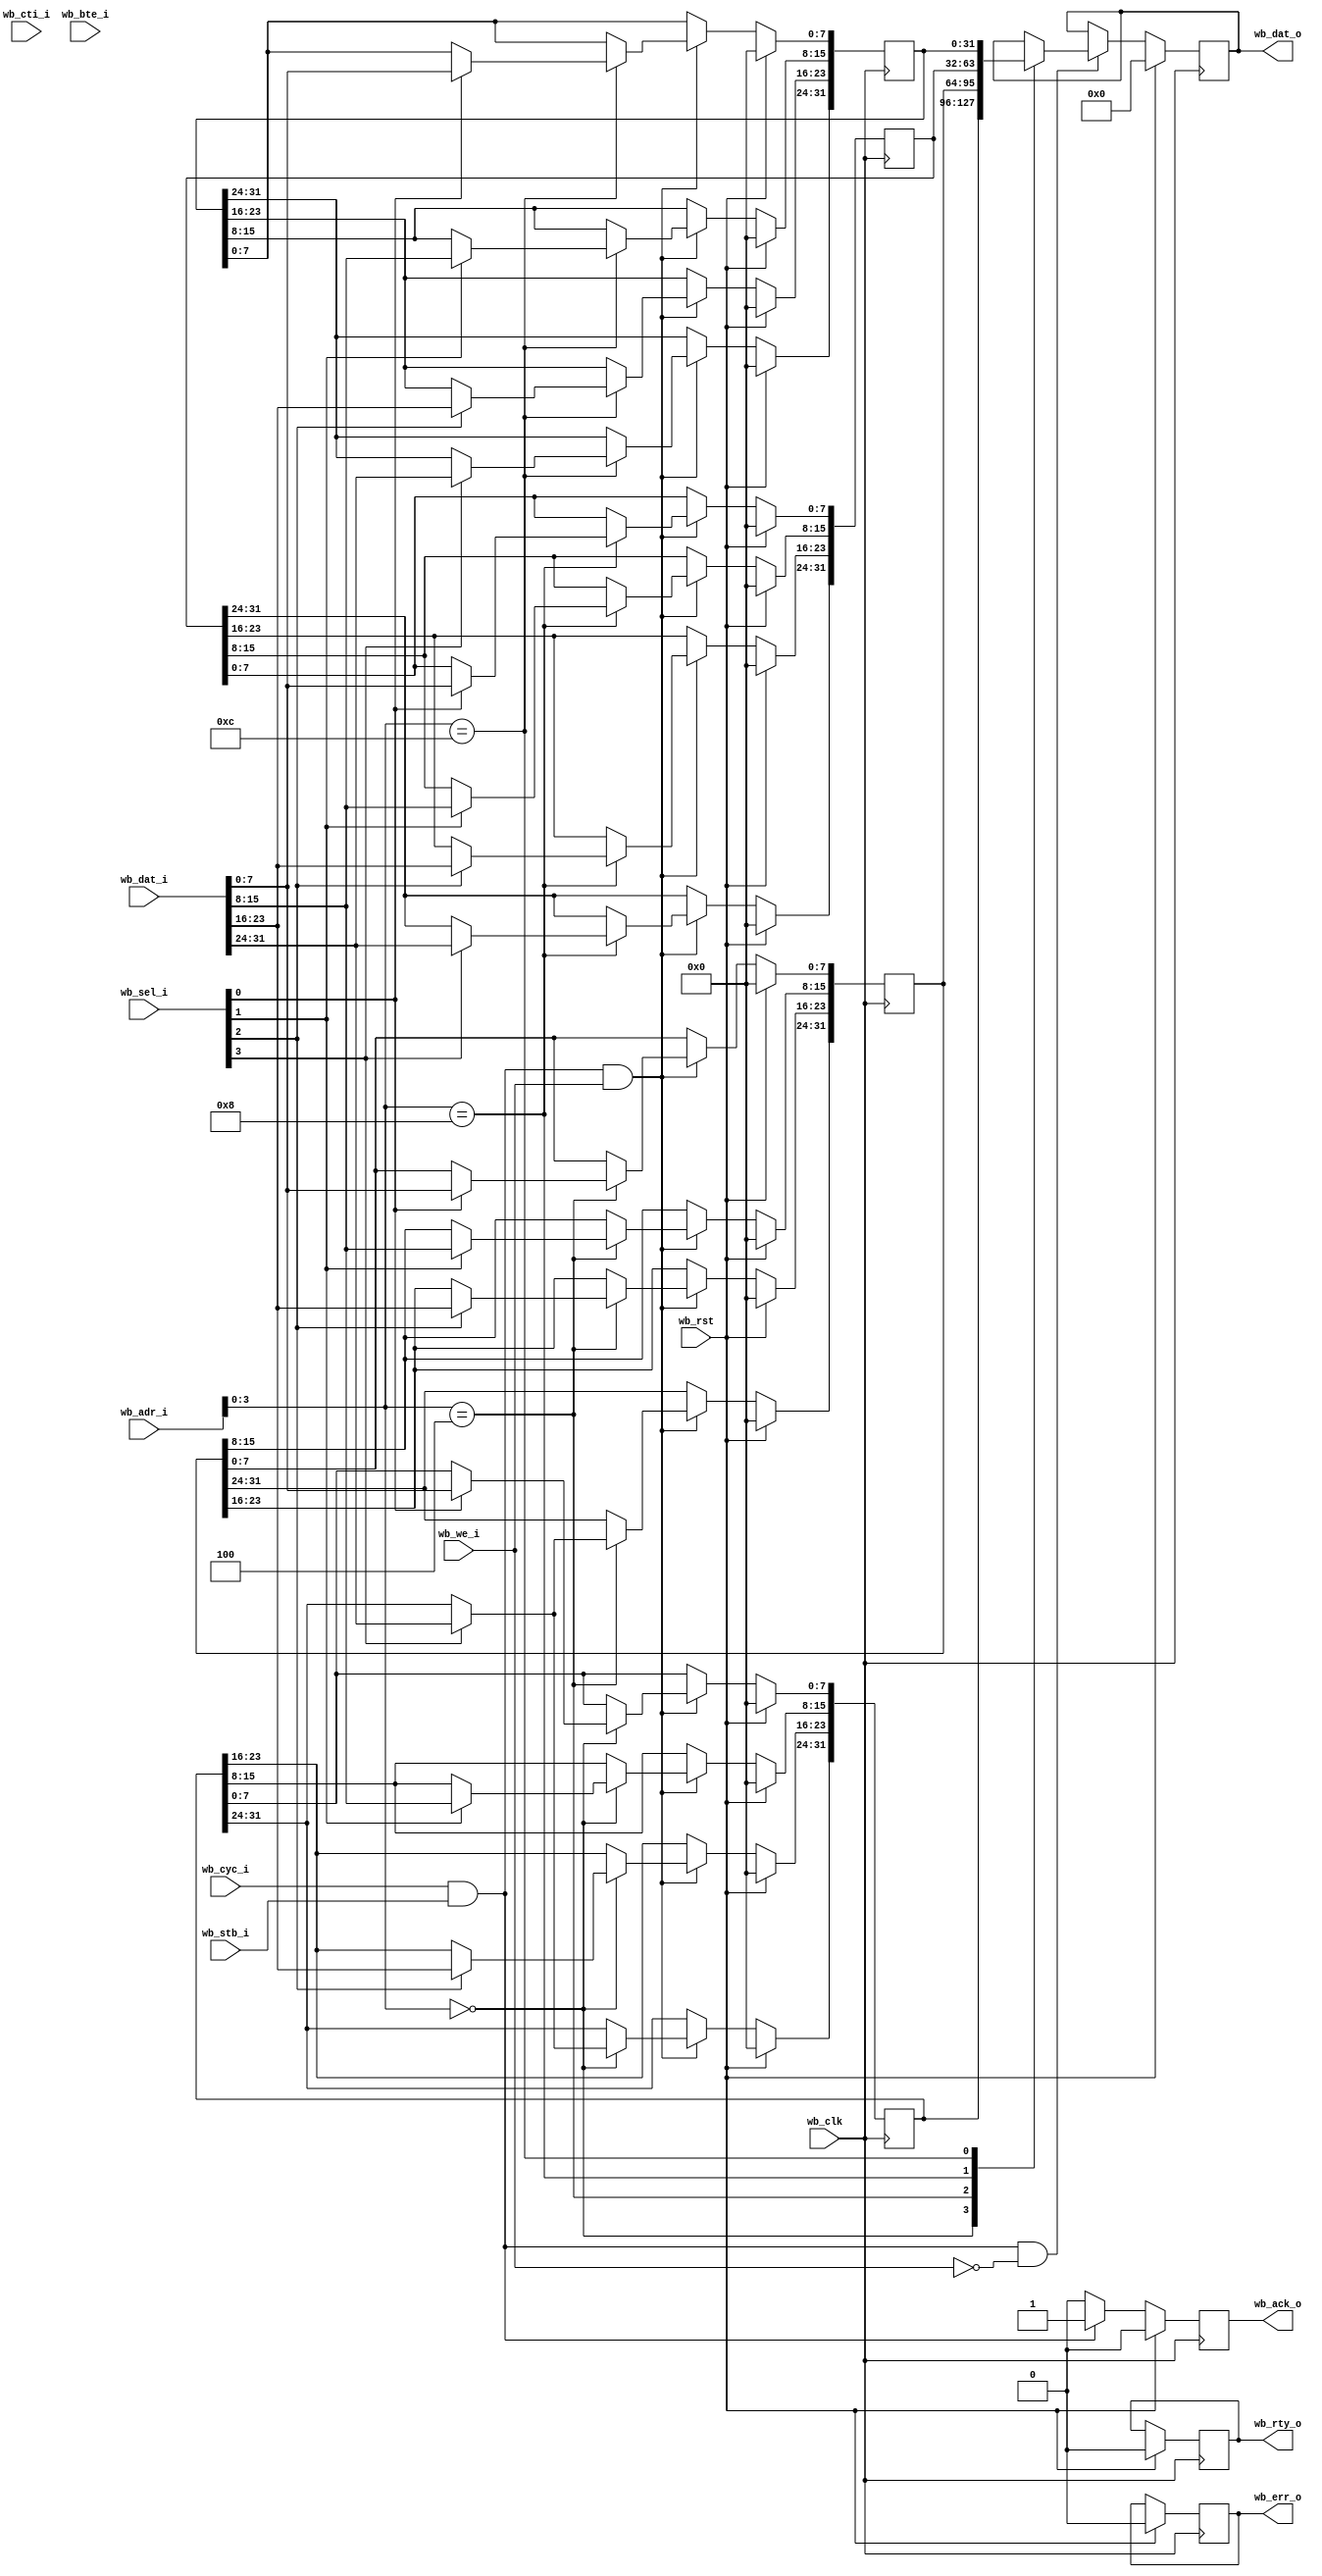
module testing_wb_slave (
   wb_dat_o, wb_ack_o, wb_err_o, wb_rty_o,
   wb_clk, wb_rst, wb_adr_i, wb_dat_i, wb_sel_i, wb_we_i, wb_cyc_i,
   wb_stb_i, wb_cti_i, wb_bte_i
   ) ;
   parameter dw = 32;
   parameter aw = 32;
   parameter DEBUG = 0;
   input                  wb_clk;
   input                  wb_rst;
   input [aw-1:0]         wb_adr_i;
   input [dw-1:0]         wb_dat_i;
   input [3:0]            wb_sel_i;
   input                  wb_we_i;
   input                  wb_cyc_i;
   input                  wb_stb_i;
   input [2:0]            wb_cti_i;
   input [1:0]            wb_bte_i;
   output reg [dw-1:0]    wb_dat_o;
   output reg             wb_ack_o;
   output reg             wb_err_o;
   output reg             wb_rty_o;
   reg [dw-1:0]           slave_reg0;
   reg [dw-1:0]           slave_reg1;
   reg [dw-1:0]           slave_reg2;
   reg [dw-1:0]           slave_reg3;
   reg [aw-1:0]           addr_reg;
   reg [dw-1:0]           data_reg;
   always @(posedge wb_clk)
     if (wb_rst) begin
        wb_ack_o <= 1'b0;
        wb_err_o <= 1'b0;
        wb_rty_o <= 1'b0;  
        addr_reg <= 32'b0;
        data_reg <= 32'b0;
     end else begin
        if (wb_cyc_i & wb_stb_i) begin
           addr_reg <= wb_adr_i;
           data_reg <= wb_dat_i;
           wb_ack_o <= 1;           
        end else begin
           wb_ack_o <= 0;           
        end
     end
   always @(posedge wb_clk)
     if (wb_rst) begin
        slave_reg0 <= 32'b0;
        slave_reg1 <= 32'b0;
        slave_reg2 <= 32'b0;
        slave_reg3 <= 32'b0;        
     end else begin
        if (wb_cyc_i & wb_stb_i & wb_we_i) begin
           case (wb_adr_i[3:0])
             4'h0: begin
                slave_reg0[7:0]   <= wb_sel_i[0] ? wb_dat_i[7:0]   : slave_reg0[7:0];                
                slave_reg0[15:8]  <= wb_sel_i[1] ? wb_dat_i[15:8]  : slave_reg0[15:8];                               
                slave_reg0[23:16] <= wb_sel_i[2] ? wb_dat_i[23:16] : slave_reg0[23:16];
                slave_reg0[31:24] <= wb_sel_i[3] ? wb_dat_i[31:24] : slave_reg0[31:24];
             end
             4'h4:begin
                slave_reg1[7:0]   <= wb_sel_i[0] ? wb_dat_i[7:0]   : slave_reg1[7:0];                
                slave_reg1[15:8]  <= wb_sel_i[1] ? wb_dat_i[15:8]  : slave_reg1[15:8];               
                slave_reg1[23:16] <= wb_sel_i[2] ? wb_dat_i[23:16] : slave_reg1[23:16];                
                slave_reg1[31:24] <= wb_sel_i[3] ? wb_dat_i[31:24] : slave_reg0[31:24];                
             end
             4'h8:begin
                slave_reg2[7:0]   <= wb_sel_i[0] ? wb_dat_i[7:0]   : slave_reg2[7:0];                                               
                slave_reg2[15:8]  <= wb_sel_i[1] ? wb_dat_i[15:8]  : slave_reg2[15:8];                
                slave_reg2[23:16] <= wb_sel_i[2] ? wb_dat_i[23:16] : slave_reg2[23:16]; 
                slave_reg2[31:24] <= wb_sel_i[3] ? wb_dat_i[31:24] : slave_reg2[31:24];                
             end 
             4'hC:begin
                slave_reg3[7:0]   <= wb_sel_i[0] ? wb_dat_i[7:0]   : slave_reg3[7:0];                
                slave_reg3[15:8]  <= wb_sel_i[1] ? wb_dat_i[15:8]  : slave_reg3[15:8];                
                slave_reg3[23:16] <= wb_sel_i[2] ? wb_dat_i[23:16] : slave_reg3[23:16]; 
                slave_reg3[31:24] <= wb_sel_i[3] ? wb_dat_i[31:24] : slave_reg3[31:24];               
             end 
           endcase 
        end 
     end 
   always @(posedge wb_clk)
     if (wb_rst) begin
        wb_dat_o <= 32'b0;        
     end else begin
        if (wb_cyc_i & wb_stb_i & ~wb_we_i) begin
           case (wb_adr_i[3:0])
             4'h0: wb_dat_o <= slave_reg0;
             4'h4: wb_dat_o <= slave_reg1;
             4'h8: wb_dat_o <= slave_reg2;
             4'hC: wb_dat_o <= slave_reg3;
           endcase 
        end
     end
endmodule